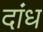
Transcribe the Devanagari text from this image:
दांध